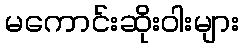
မကောင်းဆိုးဝါးများ